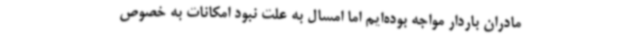
مادران باردار مواجه بوده‌ایم اما امسال به علت نبود امکانات به خصوص